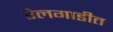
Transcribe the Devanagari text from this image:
रेलगाडीत